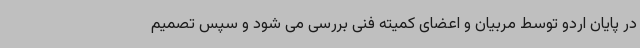
در پایان اردو توسط مربیان و اعضای کمیته فنی بررسی می شود و سپس تصمیم